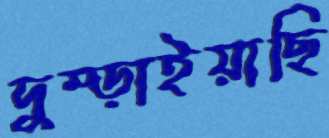
দুম্‌ড়াইয়াছি